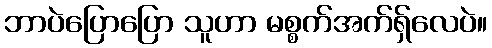
ဘာပဲပြောပြော သူဟာ မစ္စက်အက်ရှ်လေပဲ။